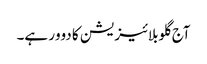
آج گلوبلائیزیشن کا دوور ہے۔